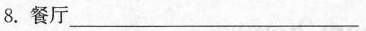
8.餐厅___